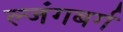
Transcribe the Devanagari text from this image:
ल्जंगबर्ग